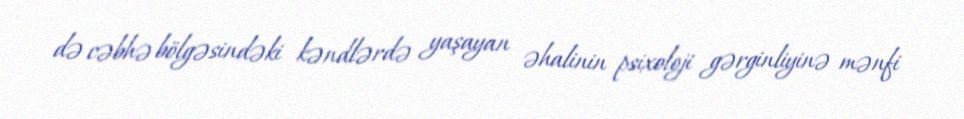
də cəbhə bölgəsindəki kəndlərdə yaşayan əhalinin psixoloji gərginliyinə mənfi